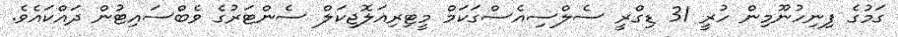
ގަމުގެ ފިނިހުނޫމިން ހުރީ 31 ޑިގްރީ ސެލްސިއެސްގަކަމް މީޓިރިއަލޮޖިކަލް ސެންޓަރުގެ ވެބްސައިޓުން ދައްކައެވެ.